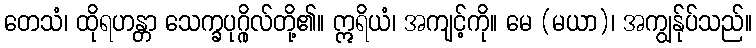
တေသံ၊ ထိုရဟန္တာ သေက္ခပုဂ္ဂိုလ်တို့၏။ ဣရိယံ၊ အကျင့်ကို။ မေ (မယာ)၊ အကျွန်ုပ်သည်။